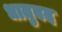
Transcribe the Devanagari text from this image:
धातुवद